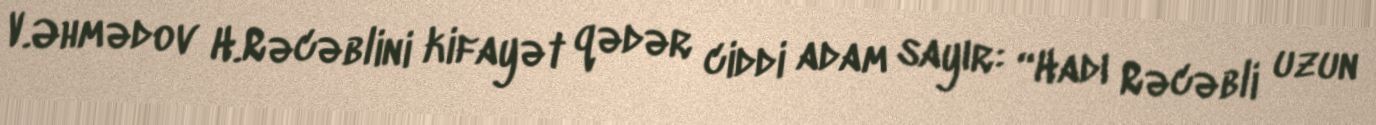
V.Əhmədov H.Rəcəblini kifayət qədər ciddi adam sayır: “Hadı Rəcəbli uzun